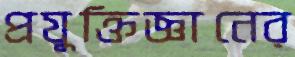
প্রযুক্তিজ্ঞানের